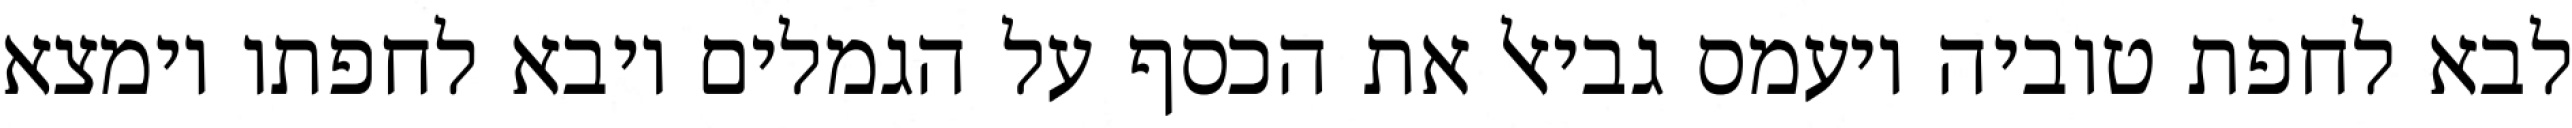
לבא לחפת טוביה ויעמס גביאל את הכסף על הגמלים ויבא לחפתו וימצא